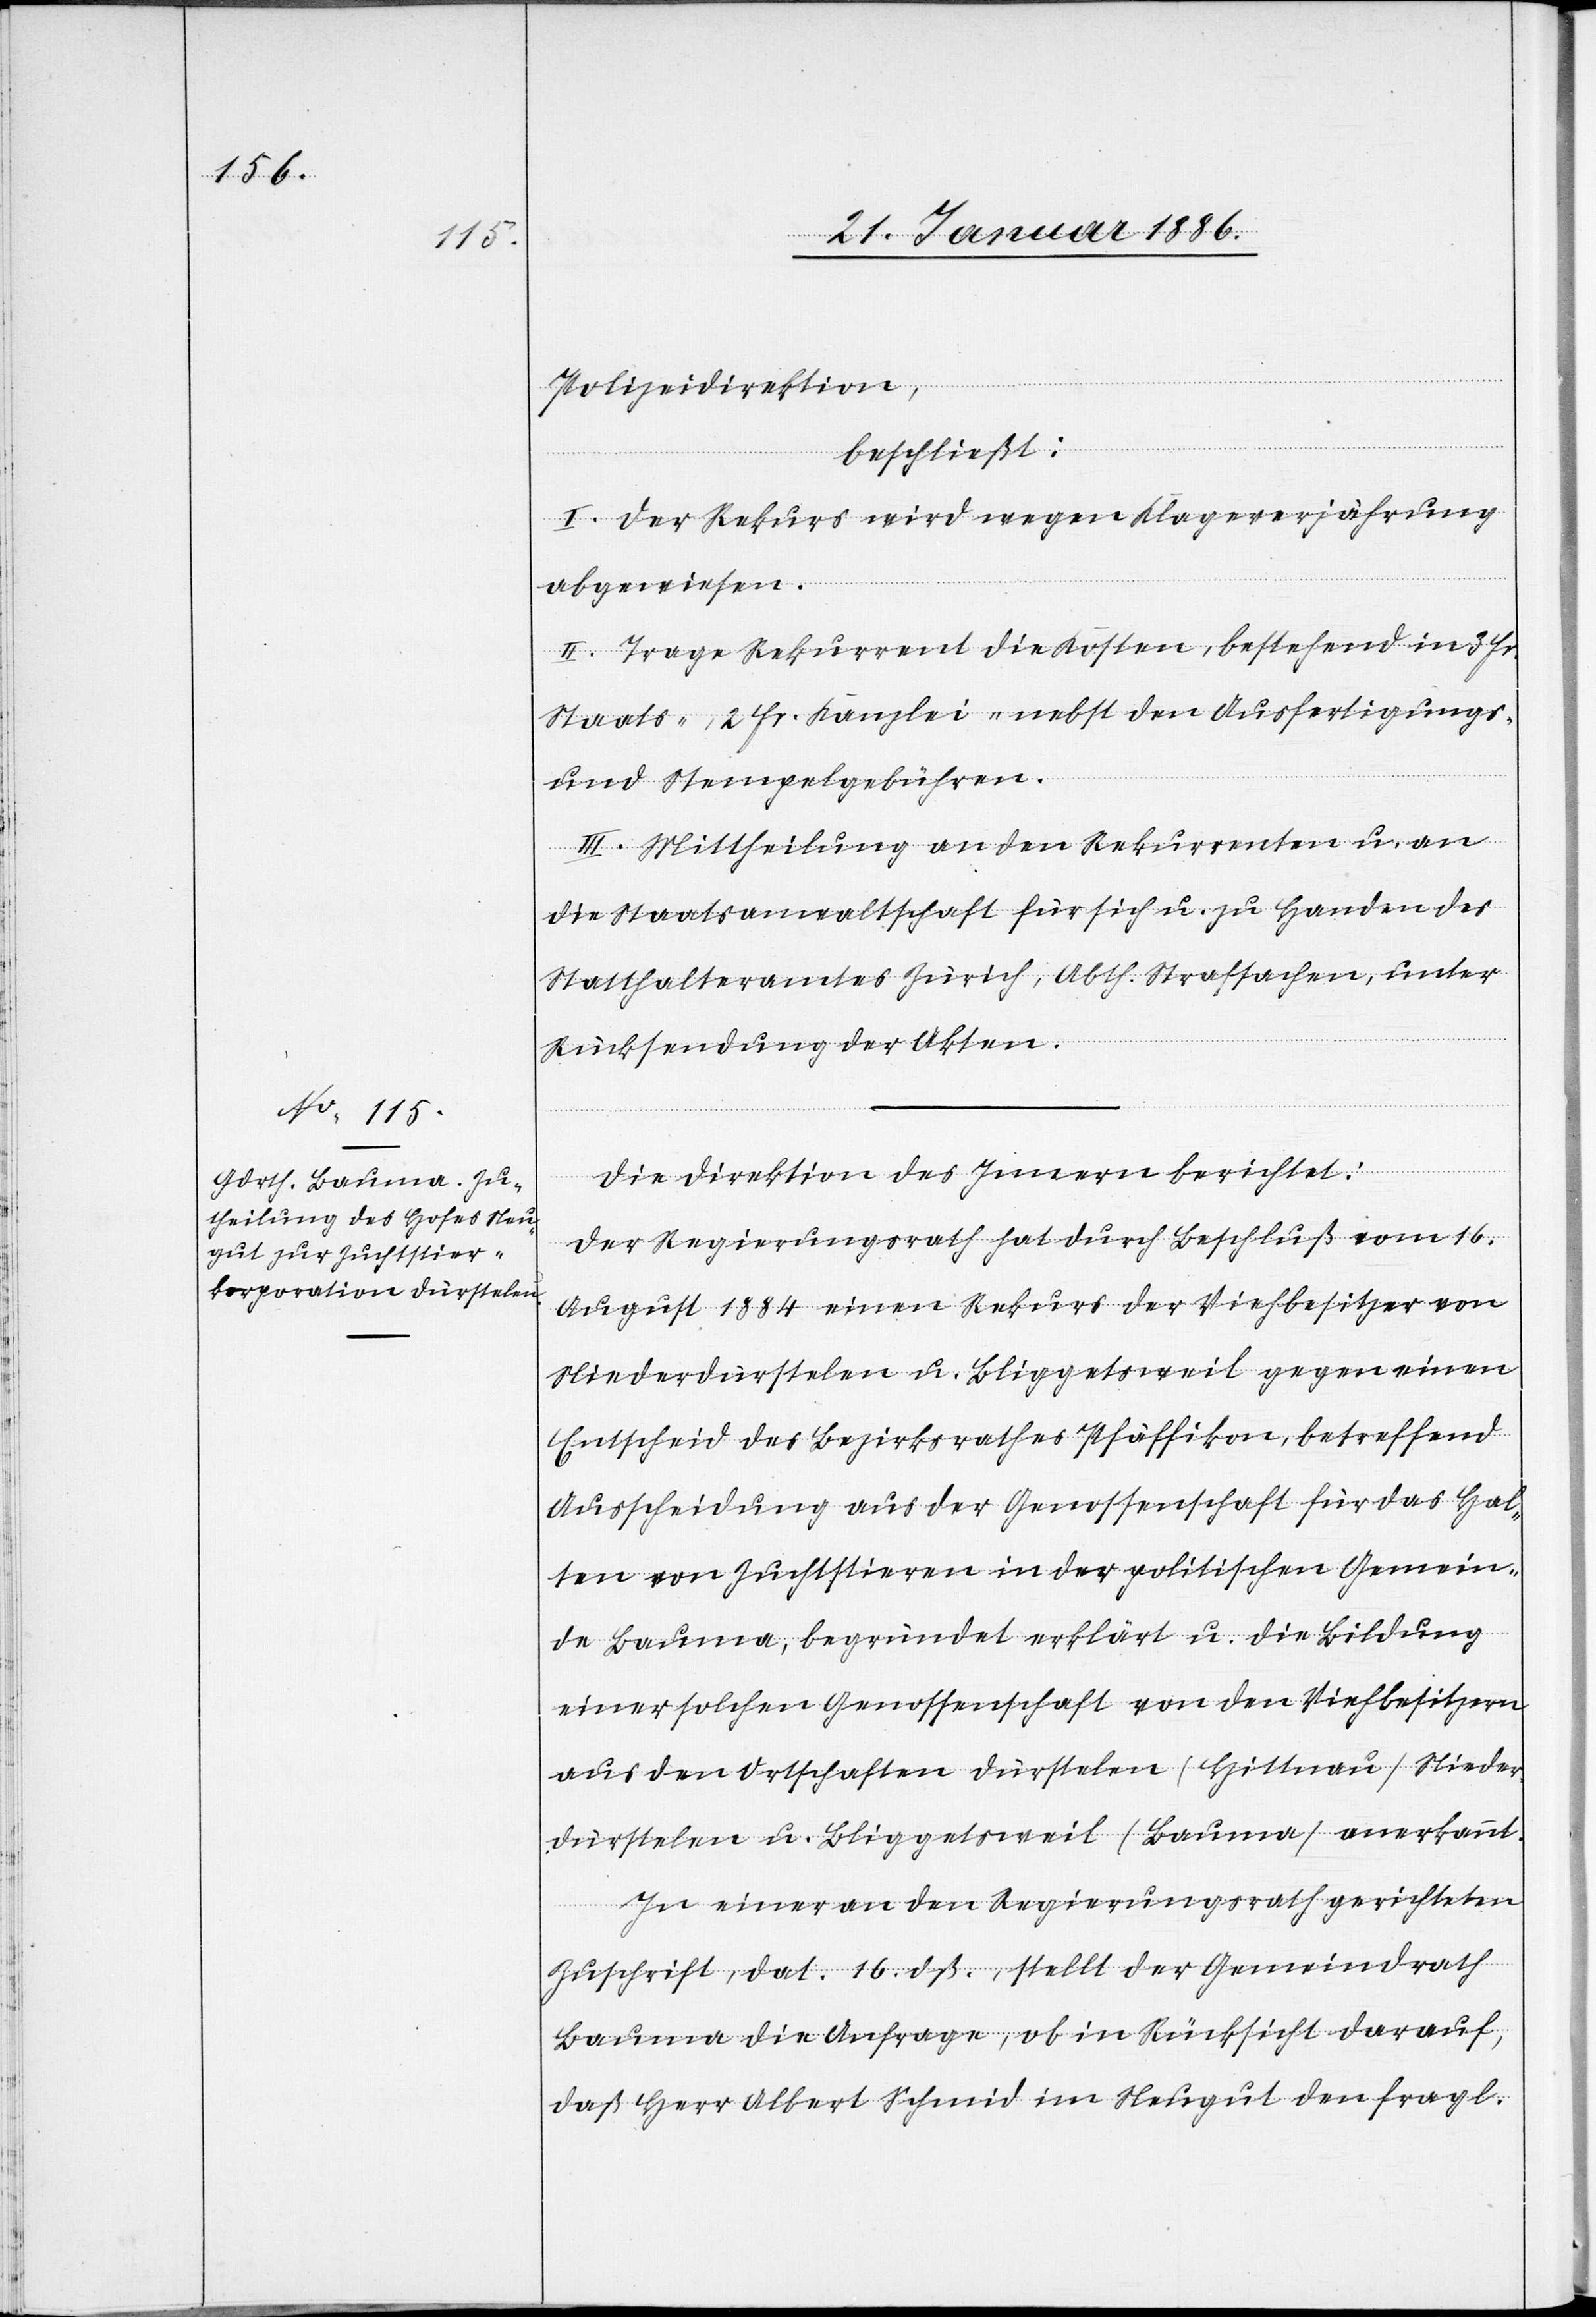
Polizeidirektion,
beschließt:
I. Der Rekurs wird wegen Klageverjährung
abgewiesen.
II. Trage Rekurrent die Kosten, bestehend in 3 Fr.
Staats-, 2 Fr. Kanzlei- nebst den Ausfertigungs-
und Stempelgebühren.
III. Mittheilung an den Rekurrenten u. an
die Staatsanwaltschaft für sich u. zu Handen des
Statthalteramtes Zürich, Abth. Strafsachen, unter
Rücksendung der Akten.
Die Direktion des Innern berichtet:
Der Regierungsrath hat durch Beschluß vom 16.
August 1884 einen Rekurs der Viehbesitzer von
Niederdürstelen u. Bliggetsweil gegen einen
Entscheid des Bezirksrathes Pfäffikon, betreffend
Ausscheidung aus der Genossenschaft für das Hal¬
ten von Zuchtstieren in der politischen Gemein¬
de Bauma, begründet erklärt u. die Bildung
einer solchen Genossenschaft von den Viehbesitzern
aus den Ortschaften Dürstelen (Hittnau) Nieder¬
dürstelen u. Bliggetsweil (Bauma) anerkannt.
In einer an den Regierungsrath gerichteten
Zuschrift, dat. 16. dß., stellt der Gemeindrath
Bauma die Anfrage, ob in Rücksicht darauf,
daß Herr Albert Schmid im Neugut den fragl.